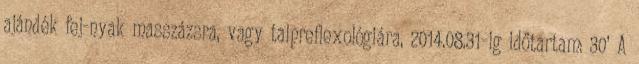
ajándék fej-nyak masszázsra, vagy talpreflexológiára, 2014.08.31–ig időtartam: 30’ A